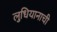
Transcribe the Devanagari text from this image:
लुधियानाची